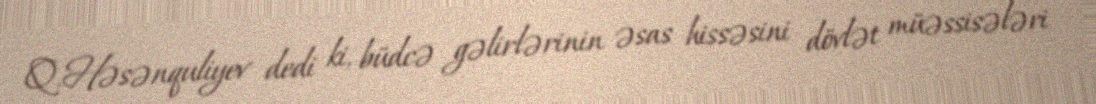
Q.Həsənquliyev dedi ki, büdcə gəlirlərinin əsas hissəsini dövlət müəssisələri